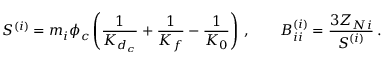
S ^ { ( i ) } = m _ { i } \phi _ { c } \left( \frac { 1 } { K _ { d _ { c } } } + \frac { 1 } { K _ { f } } - \frac { 1 } { K _ { 0 } } \right) \, , \qquad B _ { i i } ^ { ( i ) } = \frac { 3 Z _ { N i } } { S ^ { ( i ) } } \, .